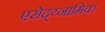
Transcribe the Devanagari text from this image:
एरोद्य्नामिक